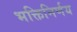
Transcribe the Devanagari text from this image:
भक्तिनिर्णय